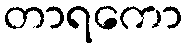
တာရကော